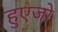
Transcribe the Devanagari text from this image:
हुएजो